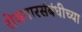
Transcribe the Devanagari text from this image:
रोजगारसंबंधीच्या